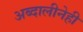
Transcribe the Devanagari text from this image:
अब्दालीनेही